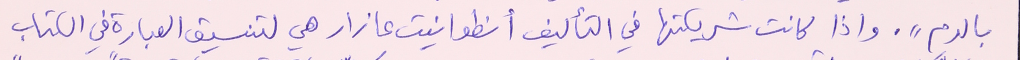
بالدم". واذا كانت شريكتها في التأليف أنطوانيت عازار هي لتنسيق العبارة في الكتاب